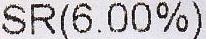
SR(6.00%)